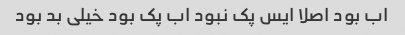
اب بود اصلا ایس پک نبود اب پک بود خیلی بد بود